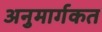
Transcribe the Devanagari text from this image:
अनुमार्गकत